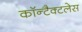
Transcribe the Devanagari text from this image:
कॉन्टैक्टलेस